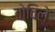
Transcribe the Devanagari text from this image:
वोविले